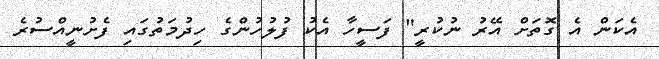
އެކަން އެ ގޮތަށް އޭރު ނުކުރީ" ފަސީހާ އެކު ފުލުހުންގެ ހިދުމަތުގައި ފެށުނީއްސުރެ